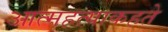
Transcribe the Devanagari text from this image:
आत्महत्याकहते